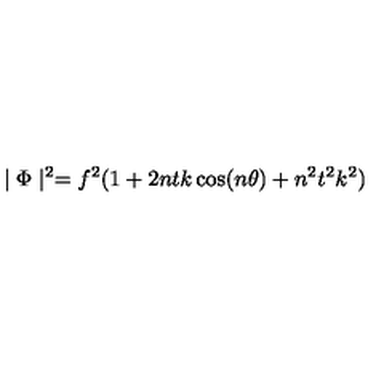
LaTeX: \mid \Phi \mid ^ { 2 } = f ^ { 2 } ( 1 + 2 n t k \cos ( n \theta ) + n ^ { 2 } t ^ { 2 } k ^ { 2 } )